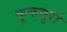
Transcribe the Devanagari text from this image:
कूकबुर्रा